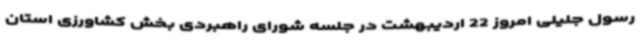
رسول جلیلی امروز 22 اردیبهشت در جلسه شورای راهبردی بخش کشاورزی استان